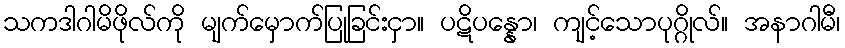
သကဒါဂါမိဖိုလ်ကို မျက်မှောက်ပြုခြင်းငှာ။ ပဋိပန္နော၊ ကျင့်သောပုဂ္ဂိုလ်။ အနာဂါမီ၊